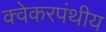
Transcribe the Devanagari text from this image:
क्वेकरपंथीय